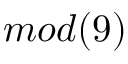
m o d ( 9 )